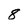
Character: 8